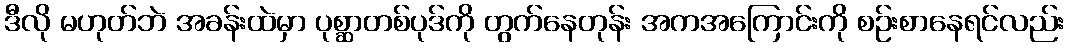
ဒီလို မဟုတ်ဘဲ အခန်းထဲမှာ ပုစ္ဆာတစ်ပုဒ်ကို တွက်နေတုန်း အကအကြောင်းကို စဉ်းစာနေရင်လည်း